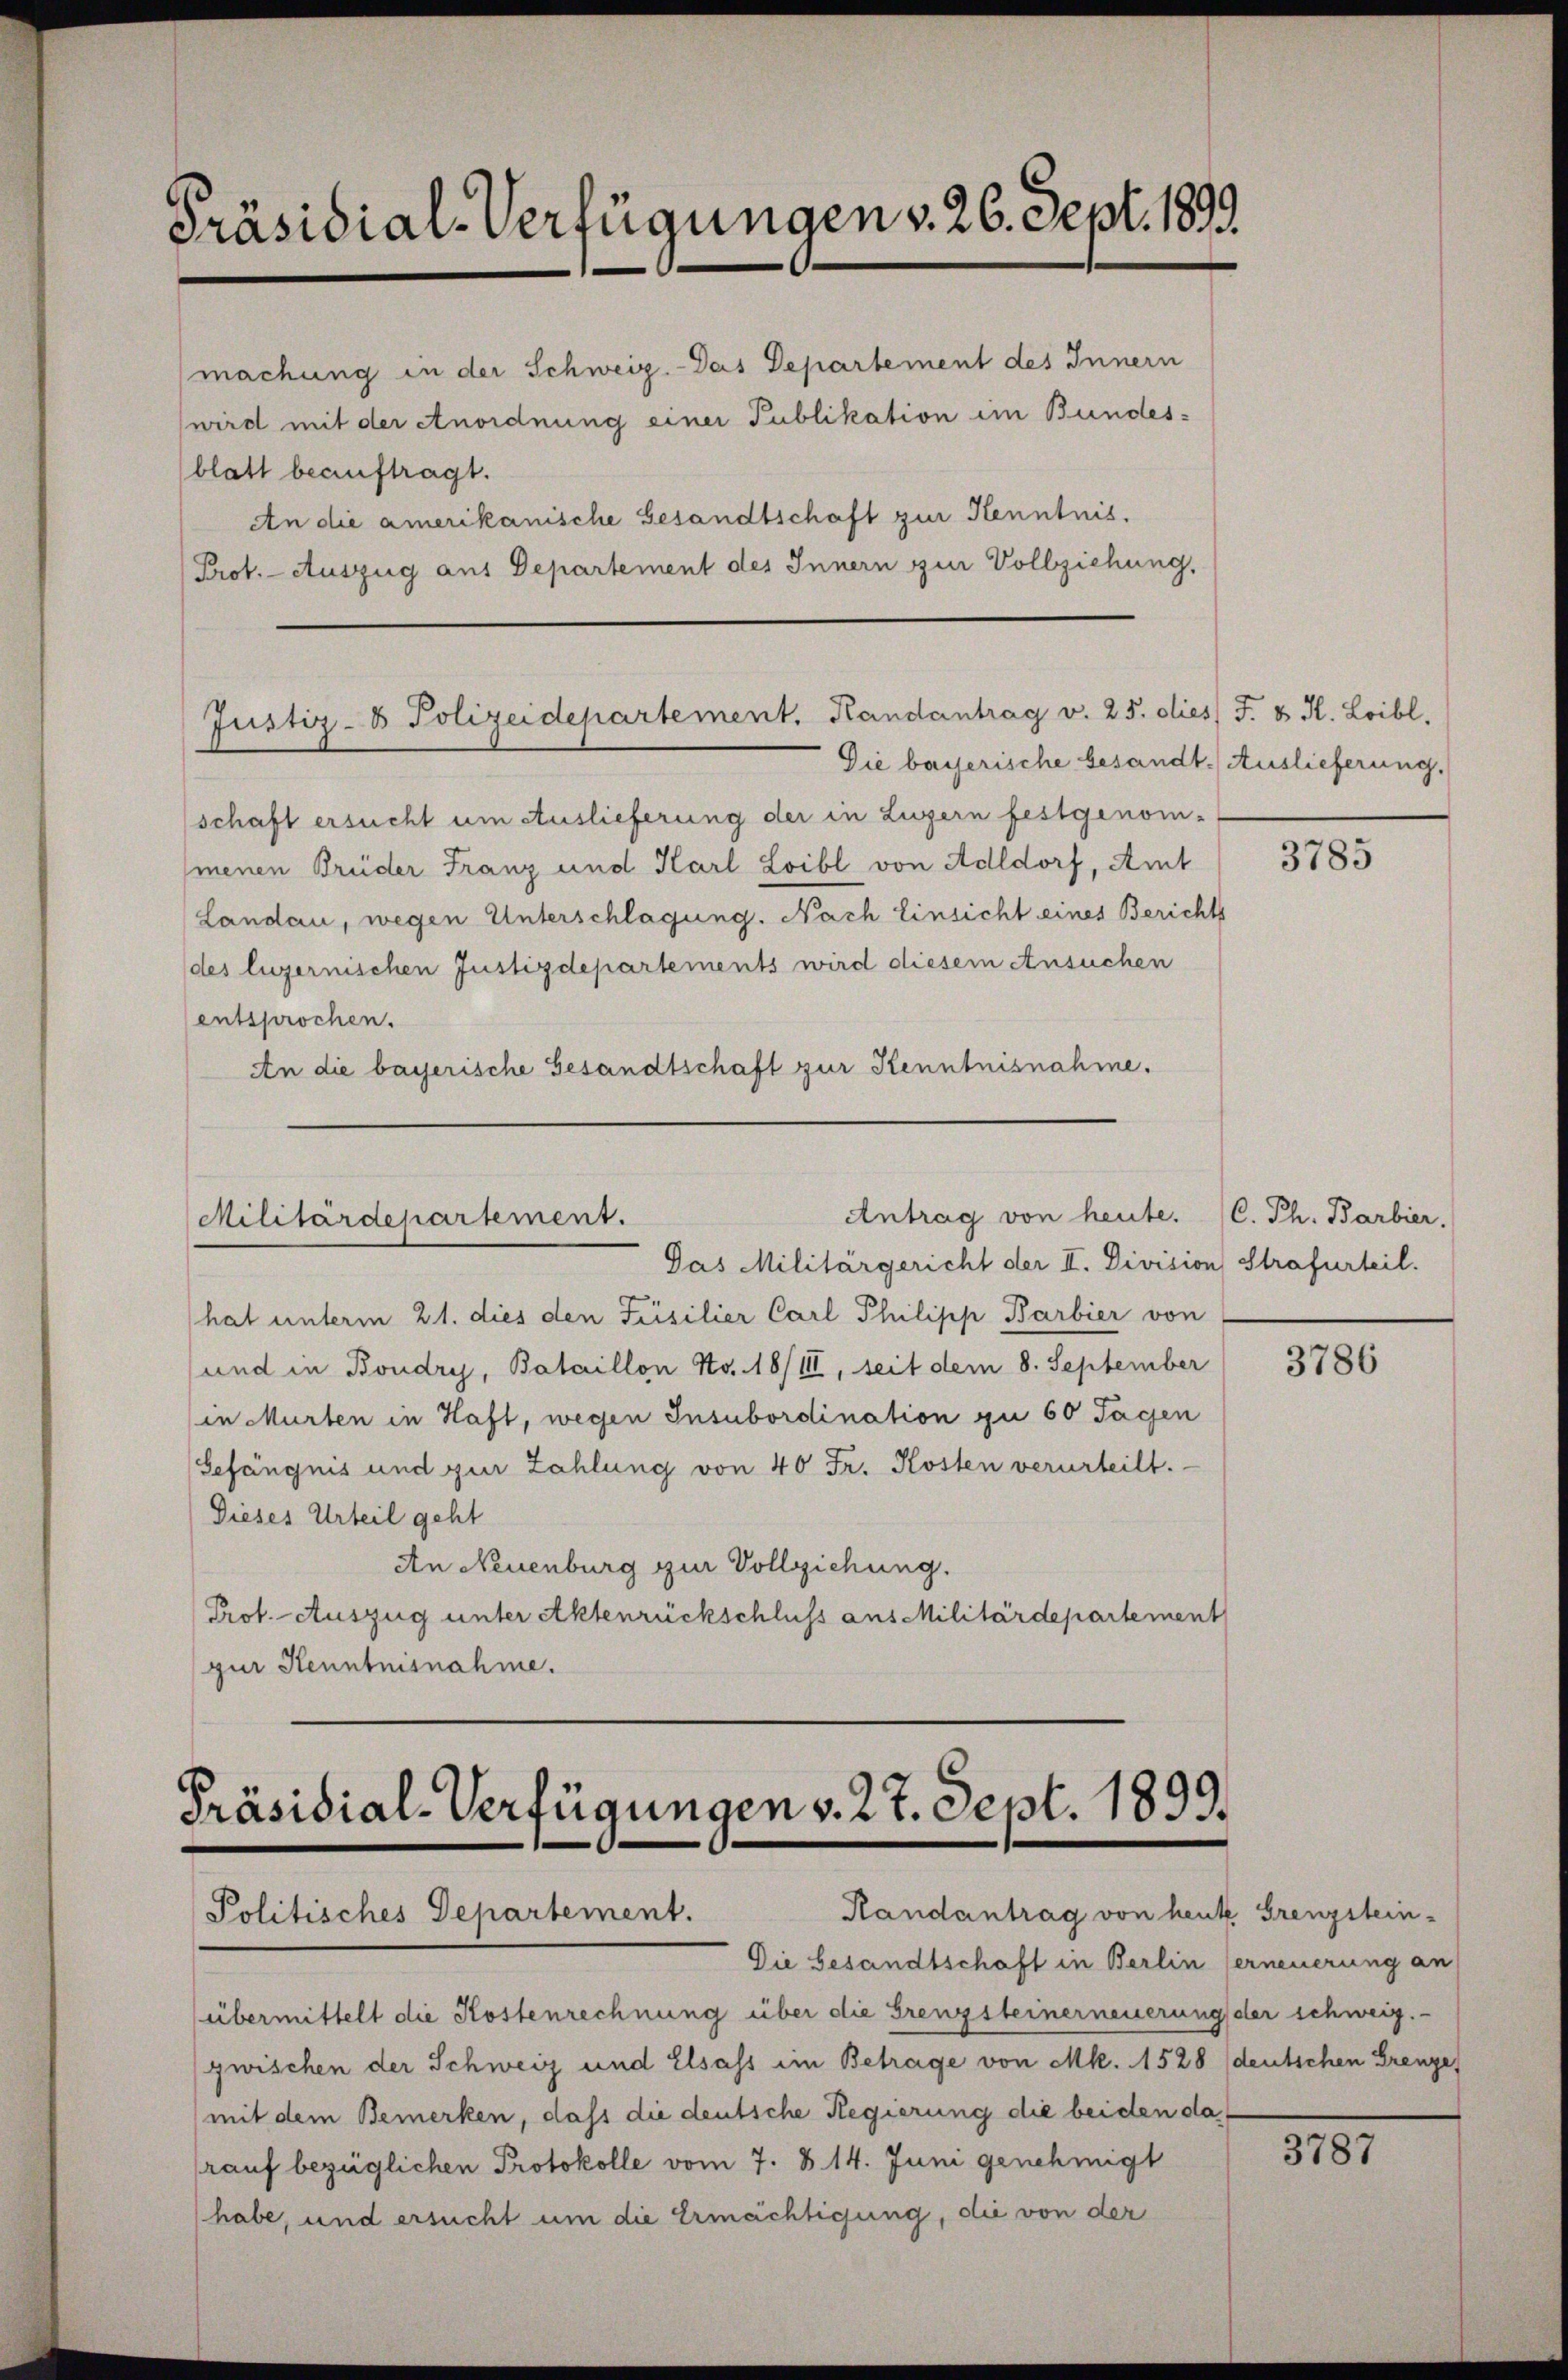
Präsidial-Verfügungen v. 26. Sept. 1899
(machung in der Schweiz.- Das Departement des Innern
wird mit der Anordnung einer Publikation im Bundes-
blatt beauftragt.
An die amerikanische Gesandtschaft zur Kenntnis.

Prot. - Auszug aus Departement des Innern zur Vollziehung,

Justiz- & Polizeidepartement. Kandantrag v. 25. dies J. & H. Loibl.

Antrag von heute. (C. Ph. Barbier.
Militärdepartement.

Die bayerische besandt. Auslieferung.
schaft ersucht um Auslieferung der in Luzern festgenom-
menen Brüder Franz und Karl Loibl von Adldorf, Amt
Landau, wegen Unterschlagung. Nach Einsicht eines Berichts
des luzernischen Justizdepartements wird diesem Ansuchen
entsprochen.
An die bayerische Gesandtschaft zur Kenntnisnahme.

Die besandtschaft in Berlin ferneuerung an
übermittelt die Kostenrechnung über die Grenzsteinerneuerung der schweig.
zwischen der Schweiz und Elsass im Betrage von Mk. 1528 (deutschen Grenze
mit dem Bemerken, dass die deutsche Regierung die beiden da
rauf bezüglichen Protokolle vom 7. d. 14. Juni genehmigt
habe, und ersucht um die Ermächtigung, die von der

Das Militärgericht der II. Division Strafurteil.
hat unterm 21. dies den Füsilier Carl Philipp Barbier von
und in Boudry, Bataillon No. 18/III, seit dem 8. September
in Murten in Haft, wegen Insubordination zu 60 Tagen
Gefängnis und zur Zahlung von 40 Fr. Kosten verurteilt.
Dieses Urteil geht
An Neuenburg zur Vollziehung.
Prof. Auszug unter Aktenrückschluss aus Militärdepartement
zur Kenntnisnahme.

Präsidial-Verfügungen v. 27. Sept. 1899.
Randantrag von heute Grenzstein-
Politisches Departement.

3785

3786

3787